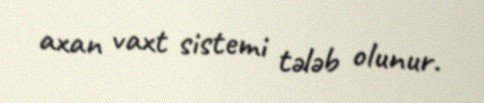
axan vaxt sistemi tələb olunur.